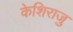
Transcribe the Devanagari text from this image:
केशिराजु